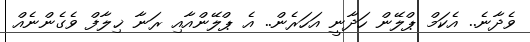
ވެދާނެ.. އެކަމް ޕްލޭން ހަދާނީ އަހަރެން.. އެ ޕްލޭންއާއި ރަނާ ޚިލާފް ވެގެންނެއް